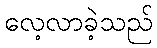
လေ့လာခဲ့သည်